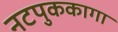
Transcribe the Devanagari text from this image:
नटपुककागा